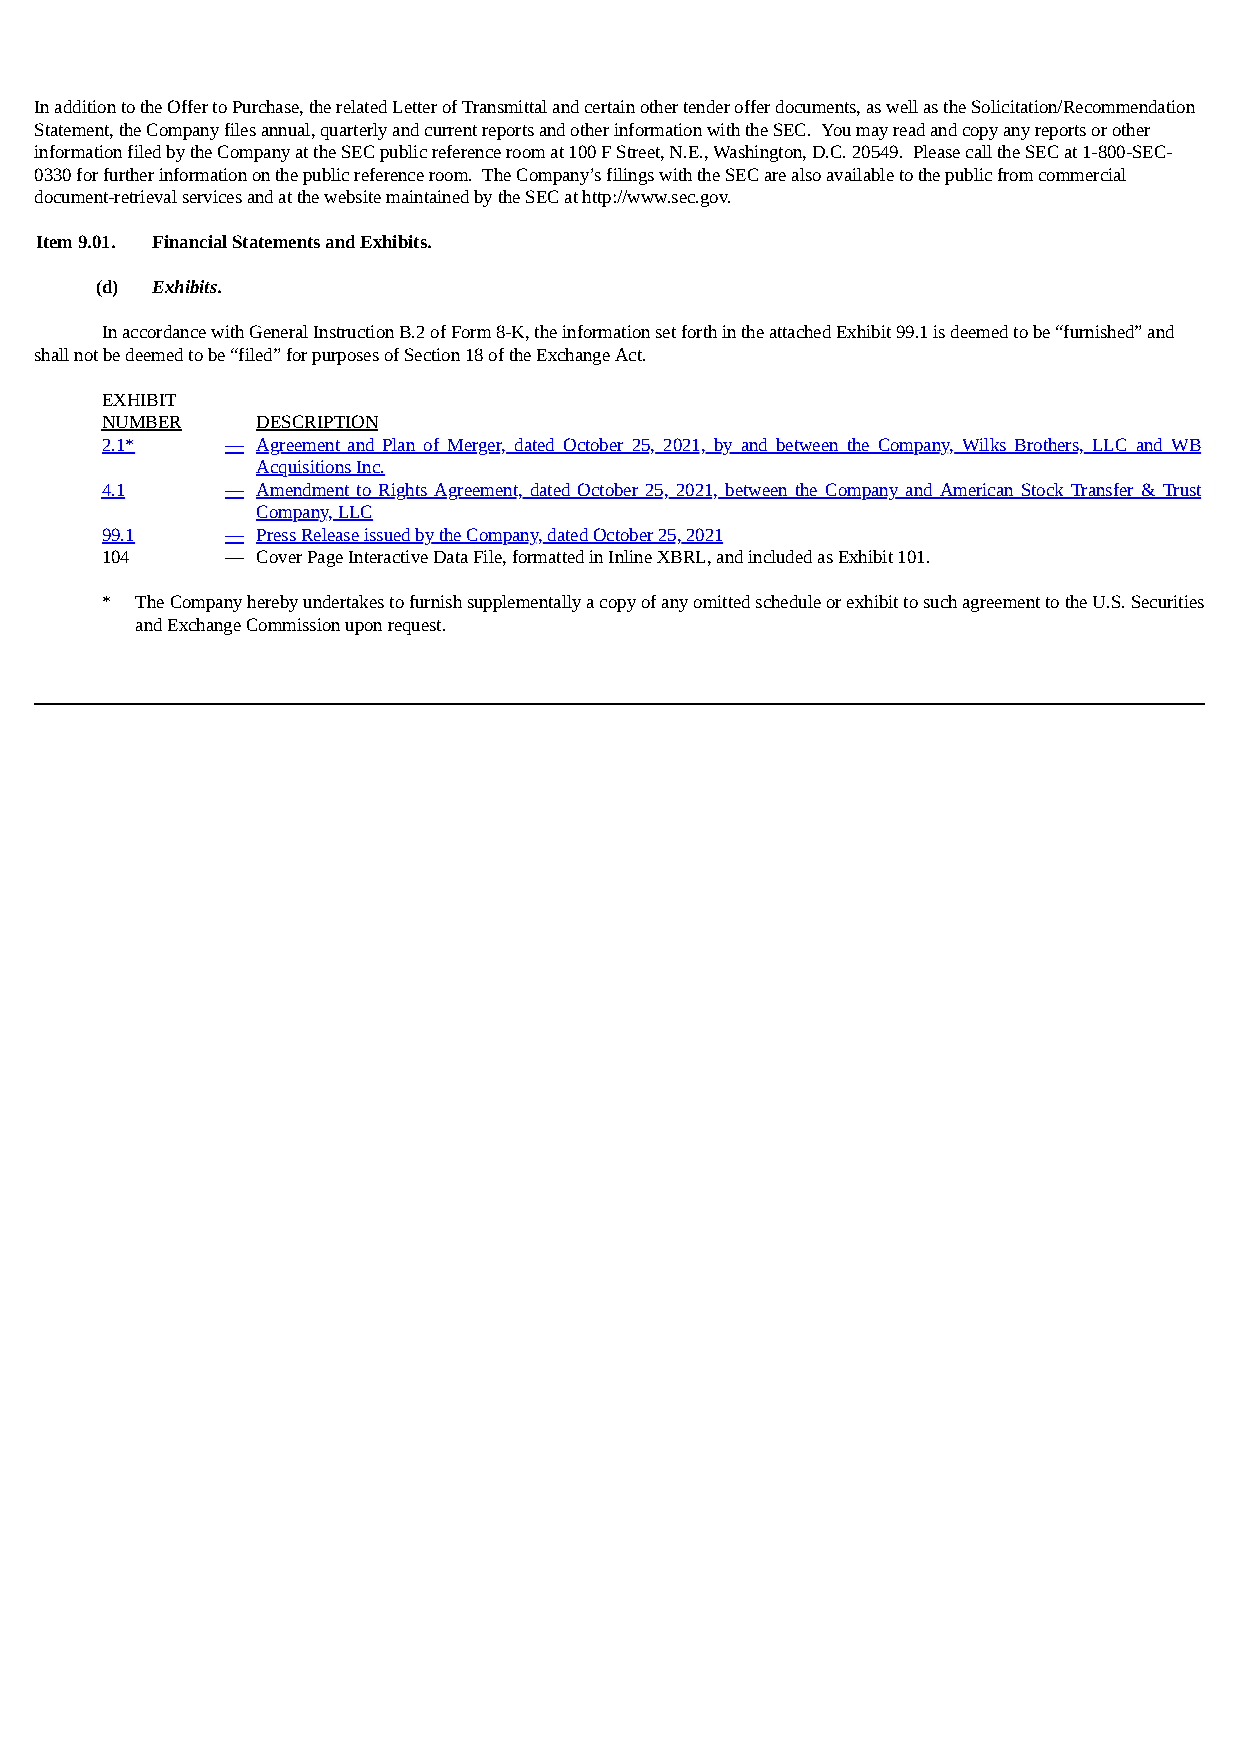
In addition to the Offer to Purchase, the related Letter of Transmittal and certain other tender offer documents, as well as the Solicitation/Recommendation
 Statement, the Company files annual, quarterly and current reports and other information with the SEC. You may read and copy any reports or other
 information filed by the Company at the SEC public reference room at 100 F Street, N.E., Washington, D.C. 20549. Please call the SEC at 1-800-SEC-
 0330 for further information on the public reference room. The Company’s filings with the SEC are also available to the public from commercial
 document-retrieval services and at the website maintained by the SEC at http://www.sec.gov.
 Item 9.01. Financial Statements and Exhibits.
 (d) Exhibits.
 In accordance with General Instruction B.2 of Form 8-K, the information set forth in the attached Exhibit 99.1 is deemed to be “furnished” and
 shall not be deemed to be “filed” for purposes of Section 18 of the Exchange Act.
 EXHIBIT
 NUMBER    DESCRIPTION
 2.1*    — Agreement and Plan of Merger, dated October 25, 2021, by and between the Company, Wilks Brothers, LLC and WB
 Acquisitions Inc.
 4.1     — Amendment to Rights Agreement, dated October 25, 2021, between the Company and American Stock Transfer & Trust
 Company, LLC
 99.1    — Press Release issued by the Company, dated October 25, 2021
 104     — Cover Page Interactive Data File, formatted in Inline XBRL, and included as Exhibit 101.
 * The Company hereby undertakes to furnish supplementally a copy of any omitted schedule or exhibit to such agreement to the U.S. Securities
 and Exchange Commission upon request.